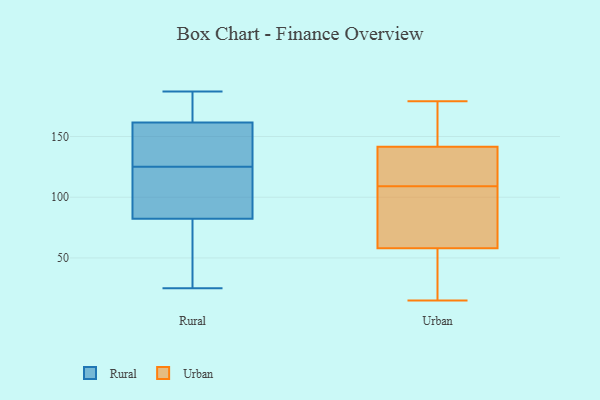
{"axis": {"x": "Active Users", "y": "Value"}, "legend": ["Rural", "Urban"], "data": [{"x": "", "y": 107, "type": "Rural"}, {"x": "", "y": 160, "type": "Rural"}, {"x": "", "y": 59, "type": "Rural"}, {"x": "", "y": 50, "type": "Rural"}, {"x": "", "y": 161, "type": "Rural"}, {"x": "", "y": 169, "type": "Rural"}, {"x": "", "y": 165, "type": "Rural"}, {"x": "", "y": 108, "type": "Rural"}, {"x": "", "y": 134, "type": "Rural"}, {"x": "", "y": 129, "type": "Rural"}, {"x": "", "y": 163, "type": "Rural"}, {"x": "", "y": 90, "type": "Rural"}, {"x": "", "y": 38, "type": "Rural"}, {"x": "", "y": 125, "type": "Rural"}, {"x": "", "y": 125, "type": "Rural"}, {"x": "", "y": 187, "type": "Rural"}, {"x": "", "y": 25, "type": "Rural"}, {"x": "", "y": 23, "type": "Urban"}, {"x": "", "y": 89, "type": "Urban"}, {"x": "", "y": 125, "type": "Urban"}, {"x": "", "y": 179, "type": "Urban"}, {"x": "", "y": 158, "type": "Urban"}, {"x": "", "y": 167, "type": "Urban"}, {"x": "", "y": 123, "type": "Urban"}, {"x": "", "y": 15, "type": "Urban"}, {"x": "", "y": 102, "type": "Urban"}, {"x": "", "y": 93, "type": "Urban"}, {"x": "", "y": 116, "type": "Urban"}, {"x": "", "y": 27, "type": "Urban"}]}